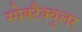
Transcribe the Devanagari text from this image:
स्पेक्टैक्युलर